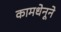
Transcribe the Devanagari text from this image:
कामधेनूने